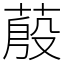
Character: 蒑